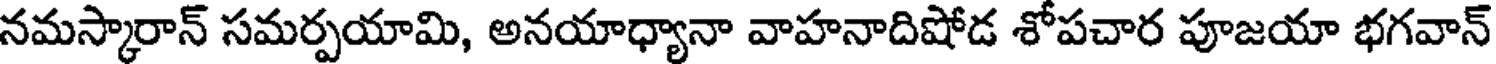
నమస్కారాన్ సమర్పయామి, అనయాధ్యానా వాహనాదిషోడ శోపచార పూజయా భగవాన్